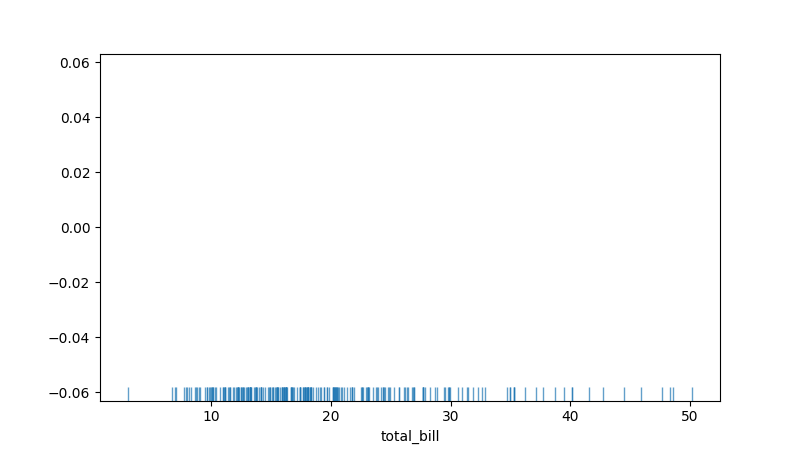
python, seaborn, rugplot, height=0.04, axis='x', alpha=0.7